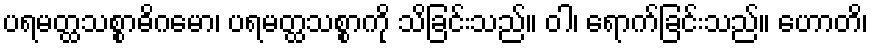
ပရမတ္ထသစ္စာဓိဂမော၊ ပရမတ္ထသစ္စာကို သိခြင်းသည်။ ဝါ၊ ရောက်ခြင်းသည်။ ဟောတိ၊